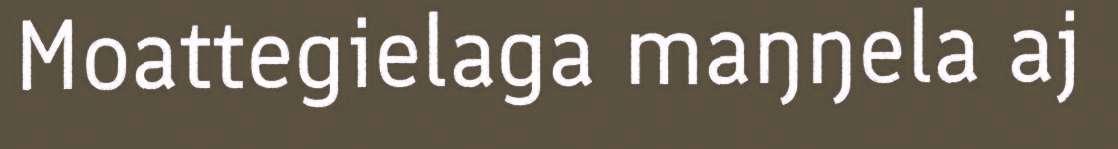
Moattegielaga maŋŋela aj